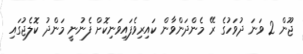
ޖޫން 2 ވަނަ ދުވަހުގެ ރޭ މެންދަންވާން ކައިރިވެފައިވަނިކޮށް ފެނުނީ މަންދު ކޮލެޖުގައި